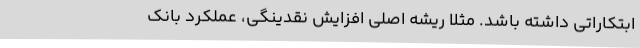
ابتکاراتی داشته باشد. مثلاً ریشه اصلی افزایش نقدینگی، عملکرد بانک